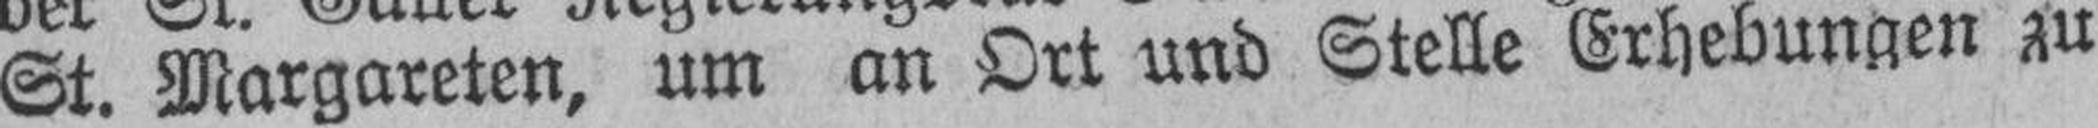
St. Margareten, um an Ort und Stelle Erhebungen zu